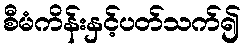
စီမံကိန်းနှင့်ပတ်သက်၍